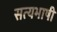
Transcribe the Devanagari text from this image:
सत्यभाषी